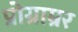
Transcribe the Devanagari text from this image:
प्रोग्राम्रर